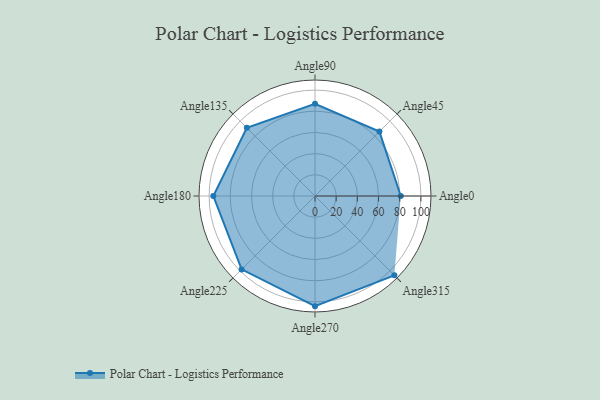
{"axis": {"x": "Angle", "y": "Radius"}, "legend": [""], "data": [{"x": "Angle0", "y": 81.0, "type": ""}, {"x": "Angle45", "y": 86.0, "type": ""}, {"x": "Angle90", "y": 87.0, "type": ""}, {"x": "Angle135", "y": 91.0, "type": ""}, {"x": "Angle180", "y": 96.0, "type": ""}, {"x": "Angle225", "y": 98.0, "type": ""}, {"x": "Angle270", "y": 104.0, "type": ""}, {"x": "Angle315", "y": 106.0, "type": ""}]}